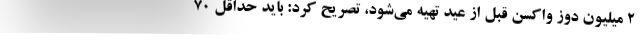
2 میلیون دوز واکسن قبل از عید تهیه می‌شود، تصریح کرد: باید حداقل 70